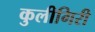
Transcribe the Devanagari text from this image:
कुलीगिरी